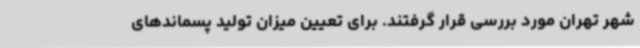
شهر تهران مورد بررسی قرار گرفتند. برای تعیین میزان تولید پسماندهای